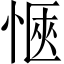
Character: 愜